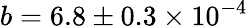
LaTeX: b=6.8\pm 0.3\times 10^{-4}